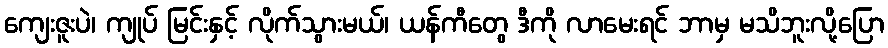
ကျေးဇူးပဲ၊ ကျုပ် မြင်းနှင့် လိုက်သွားမယ်၊ ယန်ကီတွေ ဒီကို လာမေးရင် ဘာမှ မသိဘူးလို့ပြော